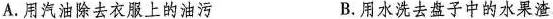
A.用汽油除去衣服上的油污 B.用水洗去盘子中的水果渣